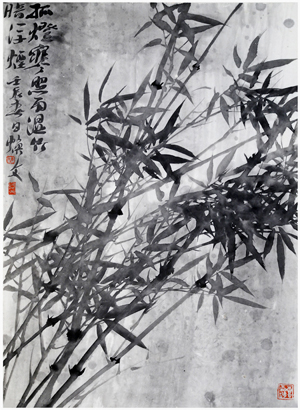
孤灯寒照雨，湿竹暗浮烟。